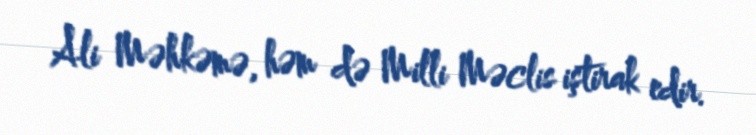
Ali Məhkəmə, həm də Milli Məclis iştirak edir.